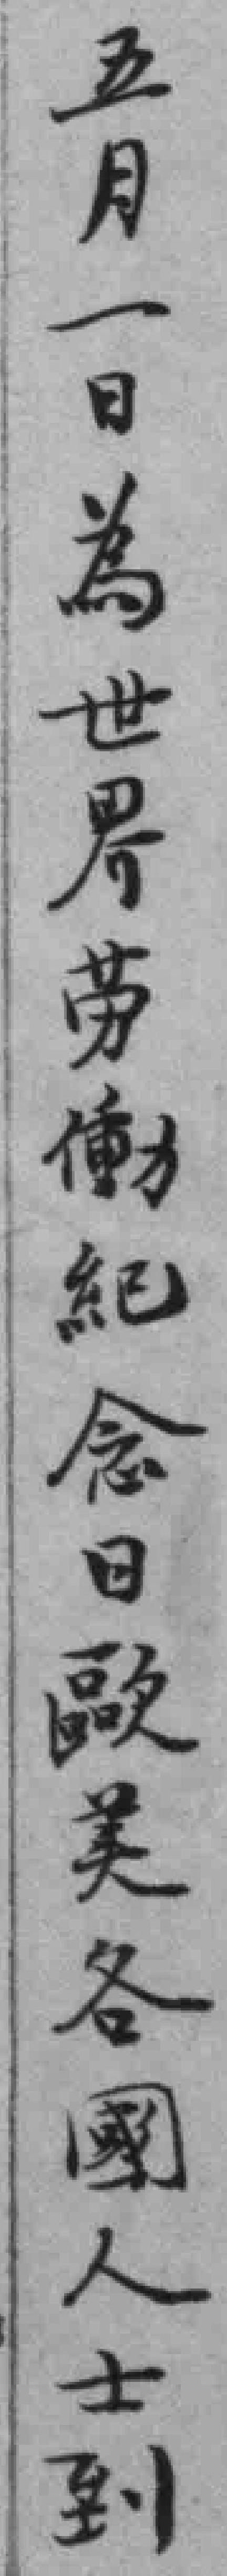
五月一日為世界劳働紀念日歐美各團人士到